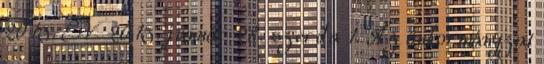
2015. ÉV 2015. január 28. szerda 1. Az önkormányzat